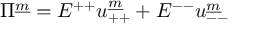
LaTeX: \Pi ^ { \underline { { m } } } = E ^ { + + } u _ { + + } ^ { \underline { { m } } } + E ^ { -- } u _ { -- } ^ { \underline { { m } } }